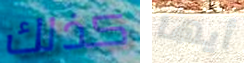
كذلك أيها